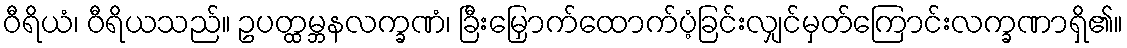
ဝီရိယံ၊ ဝီရိယသည်။ ဥပတ္ထမ္ဘနလက္ခဏံ၊ ခြီးမြှောက်ထောက်ပံ့ခြင်းလျှင်မှတ်ကြောင်းလက္ခဏာရှိ၏။